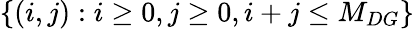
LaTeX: \{ (i,j):i\ge 0,j\ge 0,i+j\le M_{DG}\}